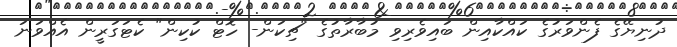
ދުނިޔޭގެ ފެންވަރުގެ ކައްކާއިން ބައިވެރިވި މުބާރާތުގެ "ޗިކަން- ހޮޓް ކުކިން" ކެޓަގަރީން އެއްވަނަ